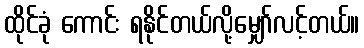
ထိုင်ခုံ ကောင်း ရနိုင်တယ်လို့မျှော်လင့်တယ်။